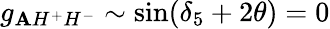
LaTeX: g_{\mathbf{A}H^{+}H^{-}}\sim\sin(\delta_{5}+2\theta)=0